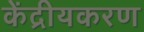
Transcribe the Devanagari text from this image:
केंद्रीयकरण